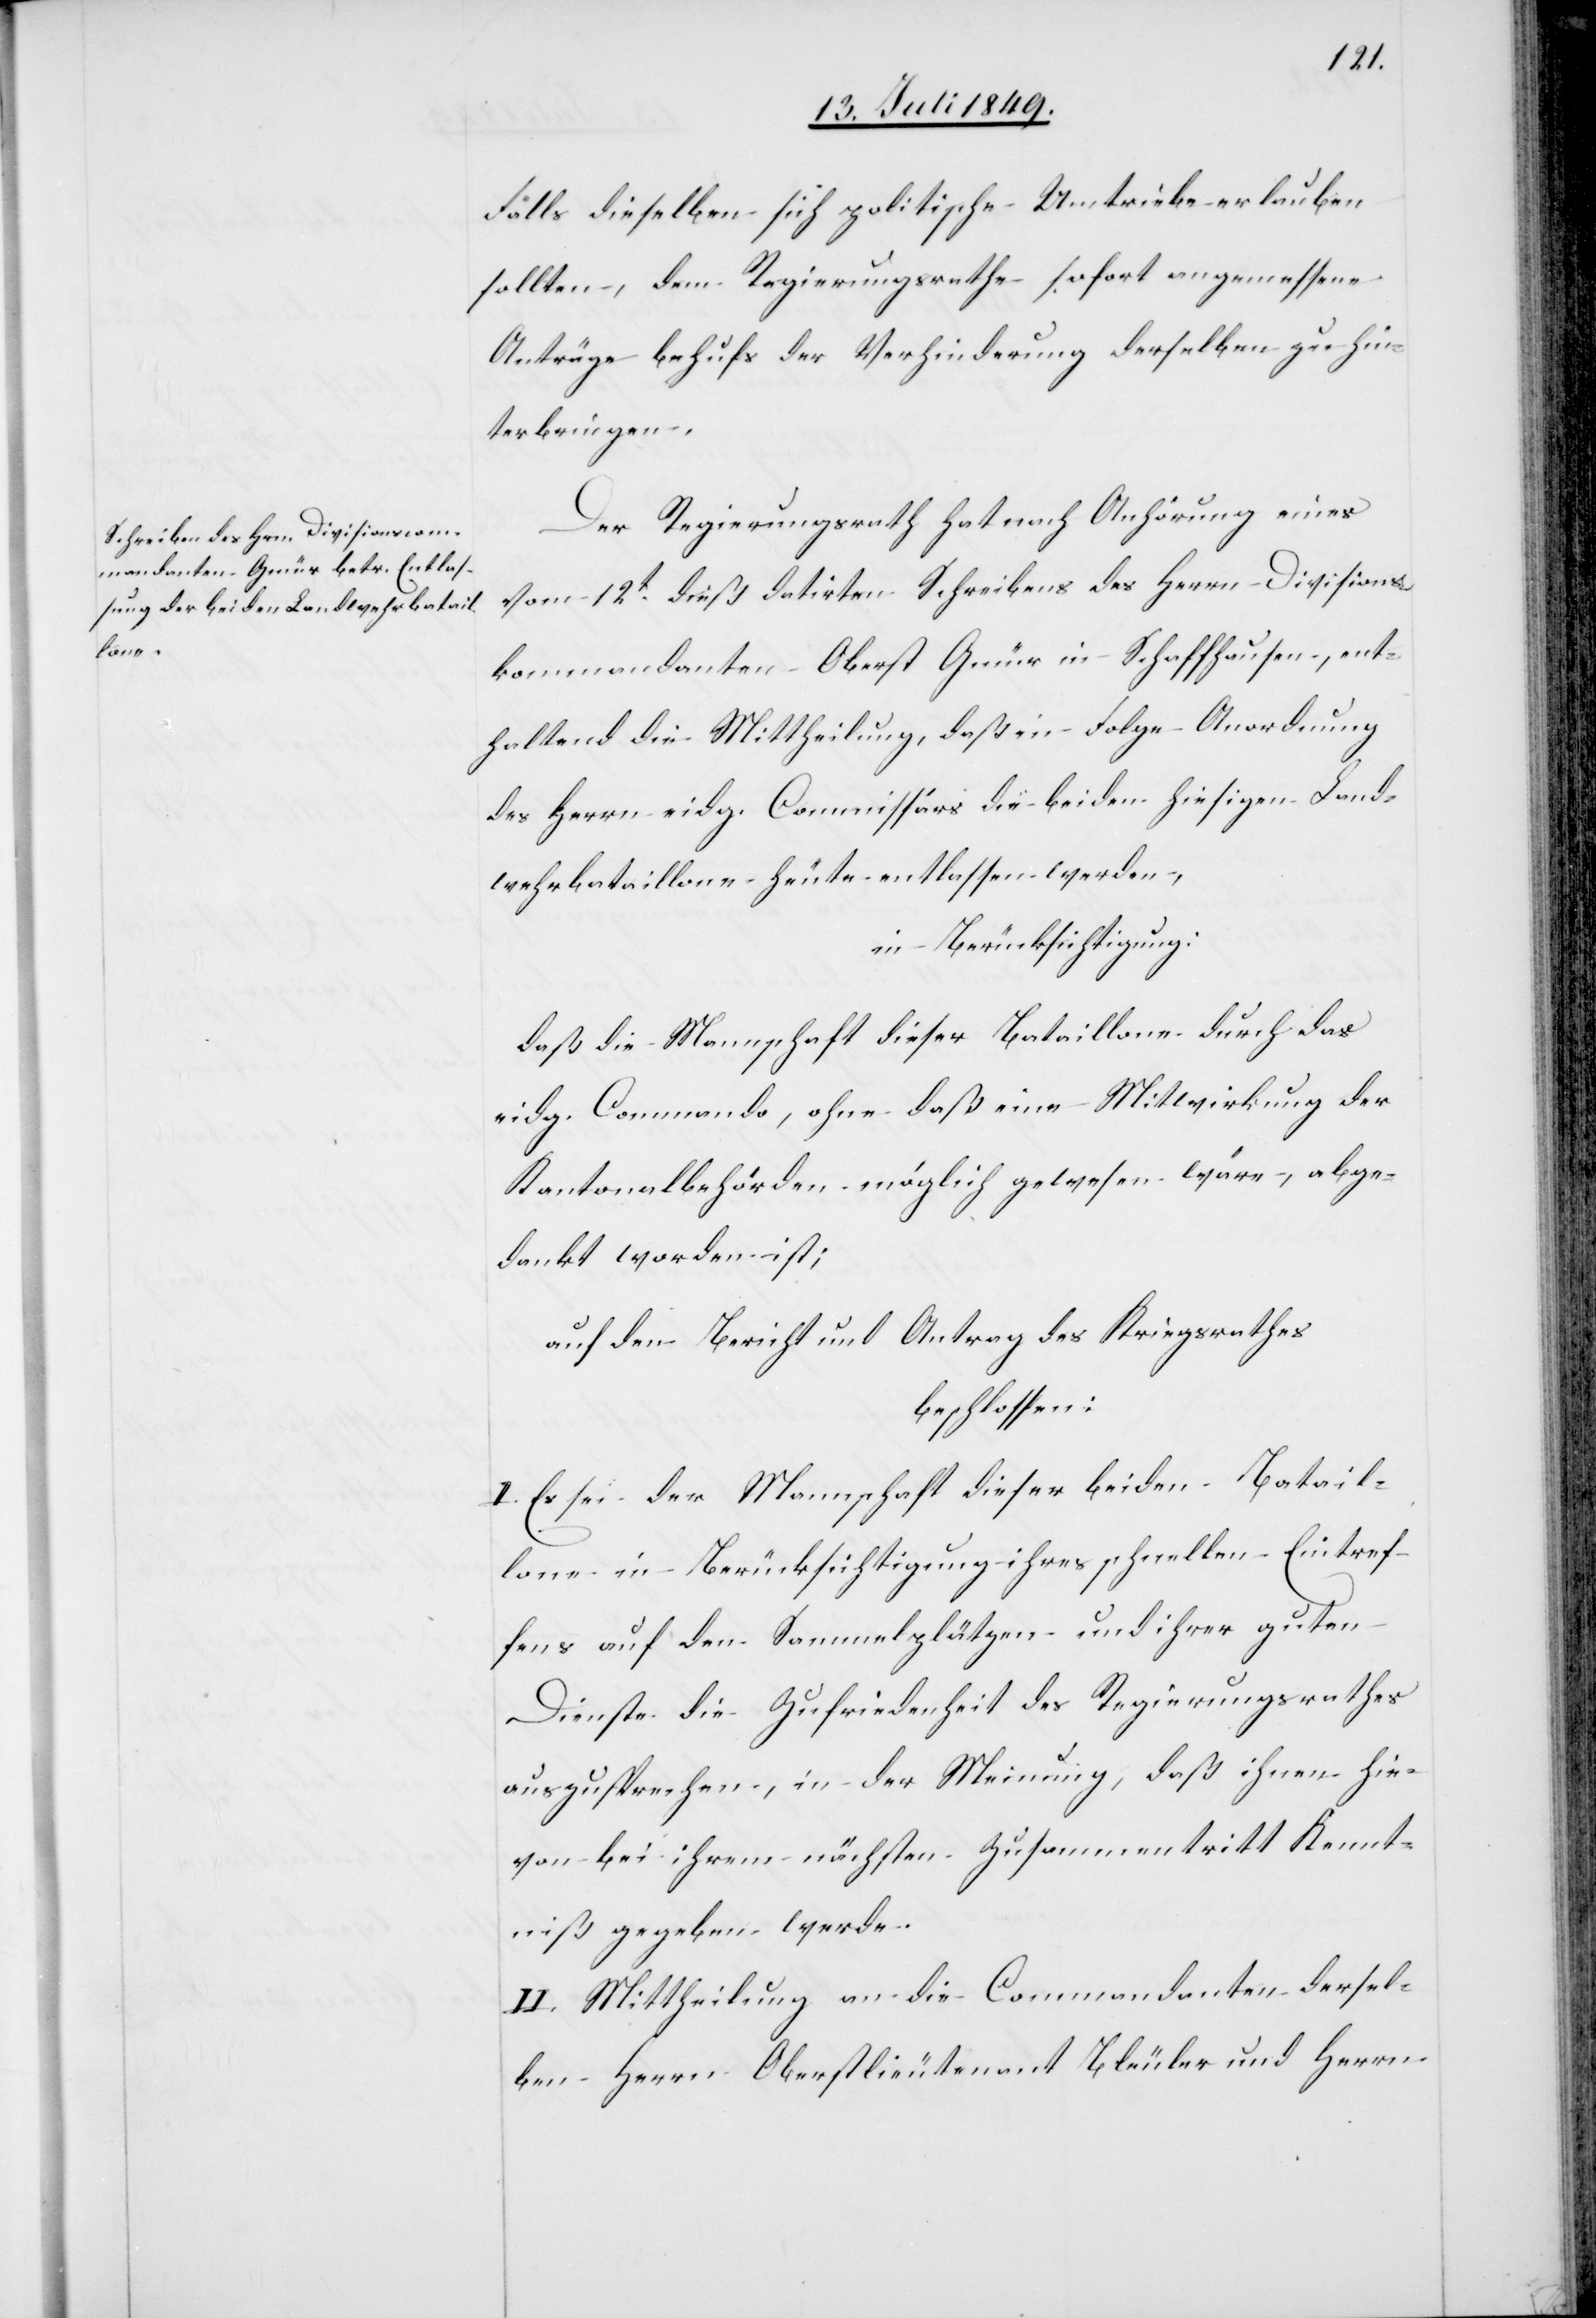
Falls dieselben sich politische Umtriebe erlauben
sollten, dem Regierungsrathe sofort angemessene
Anträge behufs der Verhinderung derselben zu hin¬
terbringen.
Der Regierungsrath hat nach Anhörung eines
vom 12t dieß datirten Schreibens des Herrn Divisions¬
kommandanten Oberst Gmür in Schaffhausen, ent¬
haltend die Mittheilung, daß in Folge Anordnung
des Herrn eidg. Commissärs die beiden hiesigen Land¬
wehrbataillone heute entlassen werden,
in Berücksichtigung:
daß die Mannschaft dieser Bataillone durch das
eidg. Commando, ohne daß eine Mitwirkung der
Kantonalbehörden möglich gewesen wäre, abge¬
dankt worden ist;
auf den Bericht und Antrag des Kriegsrathes
beschlossen:
I. Es sei der Mannschaft dieser beiden Batail¬
lone in Berücksichtigung ihres schnellen Eintref¬
fens auf den Sammelplätzen und ihrer guten
Dienste die Zufriedenheit des Regierungsrathes
auszusprechen, in der Meinung, daß ihnen hie¬
von bei ihrem nächsten Zusammentritt Kennt¬
niß gegeben werde.
II. Mittheilung an die Commandanten dersel¬
ben Herrn Oberstlieutenant Bleuler und Herrn